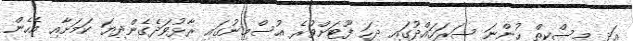
އަދި މިސްކިތް ހުންނަ ސަރަހައްދުގައި ދިހަ ފޫޓަށްވުރެ އުސްމިނުގައި ރާޅުވަދެގެންދިޔަ ކަމަށާއި އެހެން